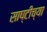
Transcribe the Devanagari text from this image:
साष्टीच्या